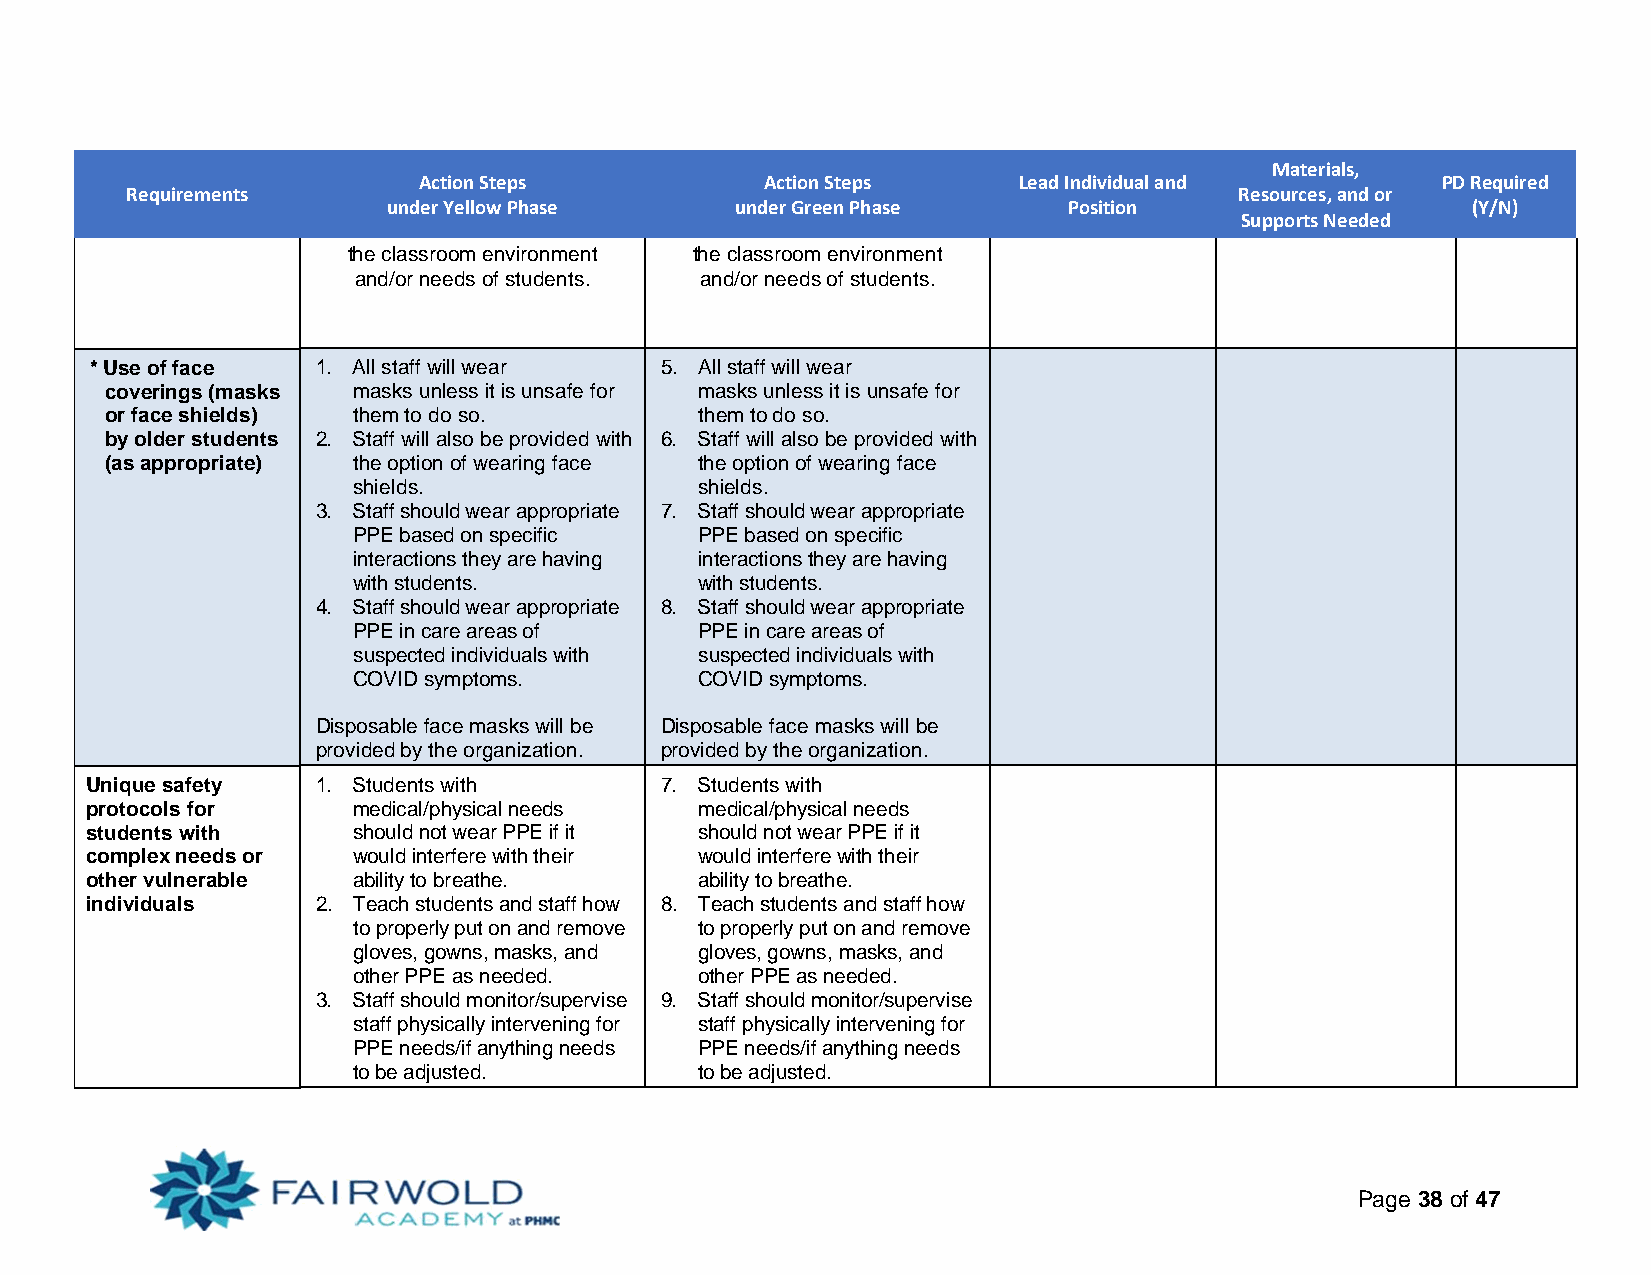
Materials,
 Action Steps           Action Steps    Lead Individual and         PD Required
 Requirements                                                              Resources, and or
 under Yellow Phase     under Green Phase     Position                  (Y/N)
 Supports Needed
 the classroom environment the classroom environment
 and/or needs of students. and/or needs of students.
 * Use of face  1. All staff will wear 5. All staff will wear
 coverings (masks masks unless it is unsafe for masks unless it is unsafe for
 or face shields) them to do so.        them to do so.
 by older students 2. Staff will also be provided with 6. Staff will also be provided with
 (as appropriate) the option of wearing face the option of wearing face
 shields.               shields.
 3. Staff should wear appropriate 7. Staff should wear appropriate
 PPE based on specific  PPE based on specific
 interactions they are having interactions they are having
 with students.         with students.
 4. Staff should wear appropriate 8. Staff should wear appropriate
 PPE in care areas of   PPE in care areas of
 suspected individuals with suspected individuals with
 COVID symptoms.        COVID symptoms.
 Disposable face masks will be Disposable face masks will be
 provided by the organization. provided by the organization.
 Unique safety  1. Students with       7. Students with
 protocols for    medical/physical needs medical/physical needs
 students with    should not wear PPE if it should not wear PPE if it
 complex needs or would interfere with their would interfere with their
 other vulnerable ability to breathe.    ability to breathe.
 individuals    2. Teach students and staff how 8. Teach students and staff how
 to properly put on and remove to properly put on and remove
 gloves, gowns, masks, and gloves, gowns, masks, and
 other PPE as needed.   other PPE as needed.
 3. Staff should monitor/supervise 9. Staff should monitor/supervise
 staff physically intervening for staff physically intervening for
 PPE needs/if anything needs PPE needs/if anything needs
 to be adjusted.        to be adjusted.
 Page 38 of 47